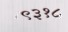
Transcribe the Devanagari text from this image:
९३१८